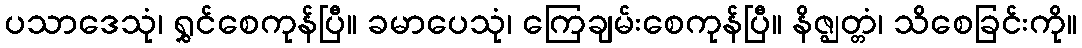
ပသာဒေသုံ၊ ရွှင်စေကုန်ပြီ။ ခမာပေသုံ၊ ကြေချမ်းစေကုန်ပြီ။ နိဇ္ဈတ္တံ၊ သိစေခြင်းကို။